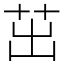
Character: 茁